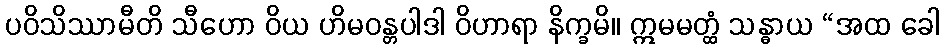
ပဝိသိဿာမီတိ သီဟော ဝိယ ဟိမဝန္တပါဒါ ဝိဟာရာ နိက္ခမိ။ ဣမမတ္ထံ သန္ဓာယ “အထ ခေါ